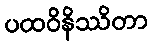
ပထဝိနိဿိတာ